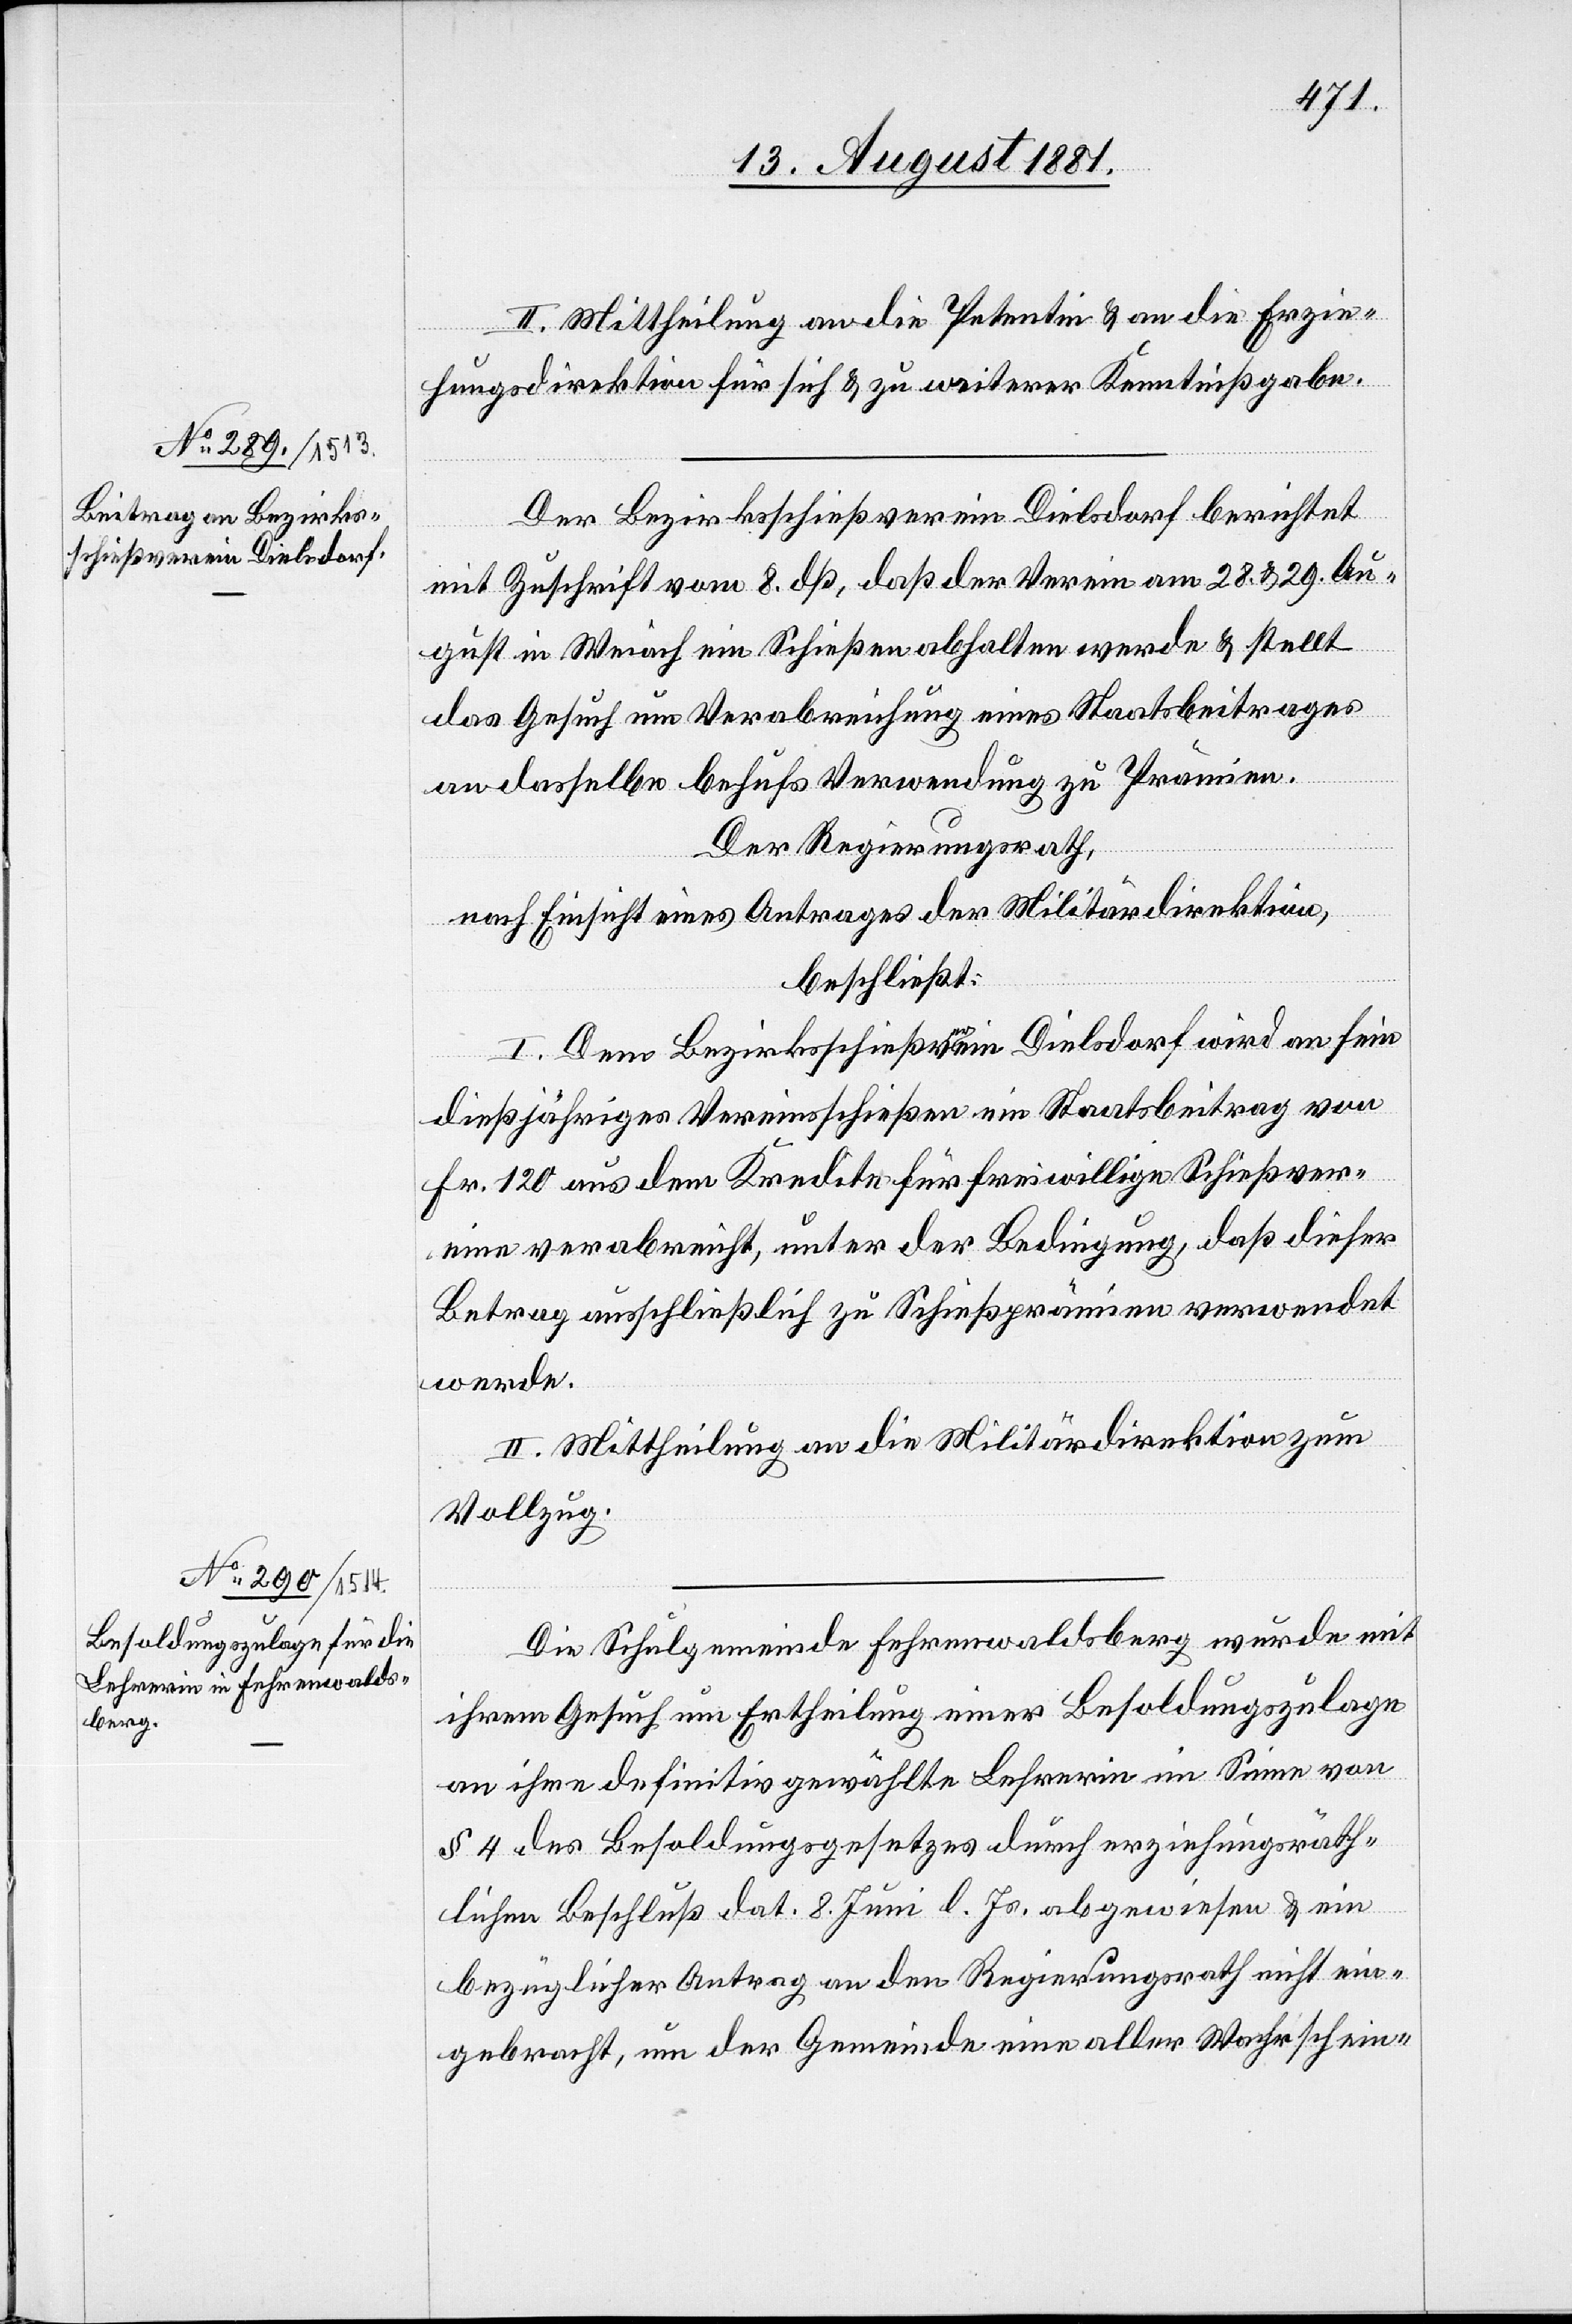
II. Mittheilung an die Petentin & an die Erzie¬
hungsdirektion für sich & zu weiterer Kenntnißgabe.
Der Bezirksschießverein Dielsdorf berichtet
mit Zuschrift vom 8. dß, daß der Verein am 28. & 29.Au¬
gust in Weiach ein Schießen abhalten werde & stellt
das Gesuch um Verabreichung eines Staatsbeitrages
an dasselbe behufs Verwendung zu Prämien.
Der Regierungsrath,
nach Einsicht eines Antrages der Militärdirektion,
beschließt:
I. Dem Bezirksschießverein Dielsdorf wird an sein
dießjähriges Vereinsschießen ein Staatsbeitrag von
Fr. 120 aus dem Kredite für freiwillige Schießver¬
eine verabreicht, unter der Bedingung, daß dieser
Betrag ausschließlich zu Schießprämien verwendet
werde.
II. Mittheilung an die Militärdirektion zum
Vollzug.
Die Schulgemeinde Fehrenwaldsberg wurde mit
ihrem Gesuch um Ertheilung einer Besoldungszulage
an ihre definitiv gewählte Lehrerin im Sinne von
§ 4 des Besoldungsgesetzes durch erziehungsräth¬
lichen Beschluß dat. 8. Juni l. Js. abgewiesen & ein
bezüglicher Antrag an den Regierungsrath nicht ein¬
gebracht, um der Gemeinde einen aller Wahrschein-